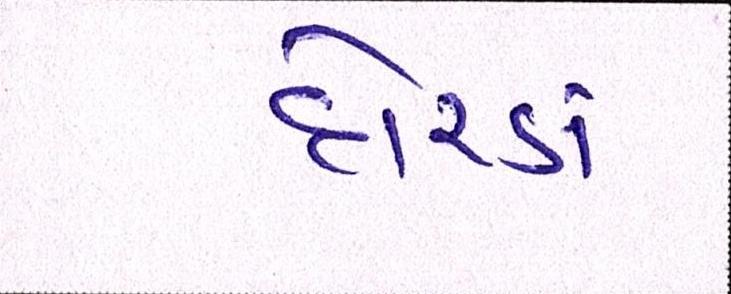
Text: દોરડાં